Relation of titanus [i.e. tetanus] to the hypodermic or intramuscular injection of quinine - Number 43
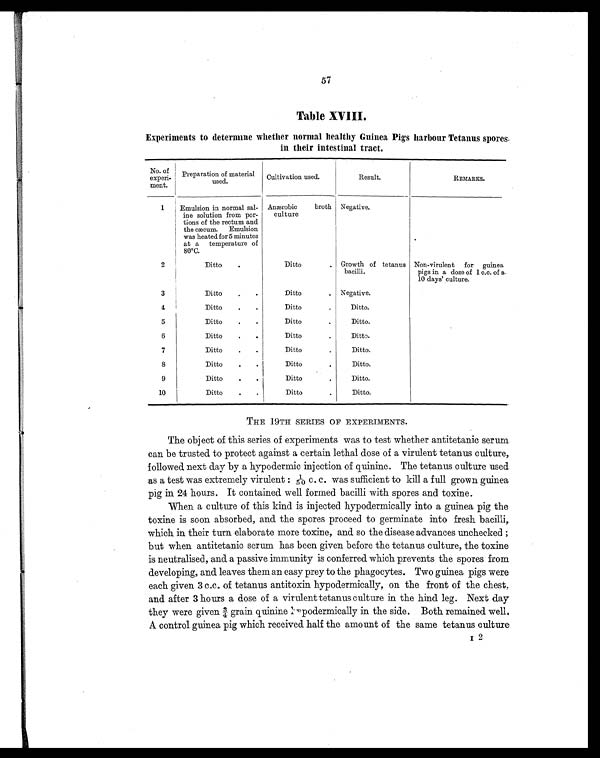
57
Table XVIII.
Experiments to determine whether normal healthy Guinea Pigs harbour Tetanus spores
in their intestinal tract.
No. of
experi-
ment.
Preparation of material
used.
Cultivation used.
Result.
REMARKS.
1
Emulsion in normal sal-
ine solution from por-
tions of the rectum and
the cæcum. Emulsion
was heated for 5 minutes
at a temperature of
80° C.
Anærobic broth
culture
Negative.
2
Ditto
.
Ditto
. Growth of tetanus
bacilli.
Non-virulent for guinea
pigs in a dose of 1 c.c. of a.
10 days' culture.
3
Ditto
. .
Ditto
. Negative.
4
Ditto
.
.
Ditto
.
Ditto.
5
Ditto
.
.
Ditto
.
Ditto.
6
Ditto
.
.
Ditto
.
Ditto.
7
Ditto
.
.
Ditto
.
Ditto.
8
Ditto
.
.
Ditto
.
Ditto.
9
Ditto
.
.
Ditto
.
Ditto.
10
Ditto
.
.
Ditto
.
Ditto.
THE 19TH SERIES OF EXPERIMENTS.
The object of this series of experiments was to test whether antitetanic serum
can be trusted to protect against a certain lethal dose of a virulent tetanus culture,
followed next day by a hypodermic injection of quinine. The tetanus culture used
as a test was extremely virulent : 1/50 c. c. was sufficient to kill a full grown guinea
pig in 24 hours. It contained well formed bacilli with spores and toxine.
When a culture of this kind is injected hypodermically into a guinea pig the
toxine is soon absorbed, and the spores proceed to germinate into fresh bacilli,
which in their turn elaborate more toxine, and so the disease advances unchecked ;
but when antitetanic serum has been given before the tetanus culture, the toxine
is neutralised, and a passive immunity is conferred which prevents the spores from
developing, and leaves them an easy prey to the phagocytes. Two guinea pigs were
each given 3 c.c. of tetanus antitoxin hypodermically, on the front of the chest,
and after 3 hours a dose of a virulent tetanus culture in the hind leg. Next day
they were given ¾ grain quinine hypodermically in the side. Both remained well.
A control guinea pig which received half the amount of the same tetanus culture
I 2